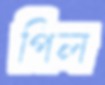
পিল